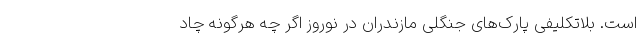
است. بلاتکلیفی پارک‌های جنگلی مازندران در نوروز اگر چه هرگونه چاد